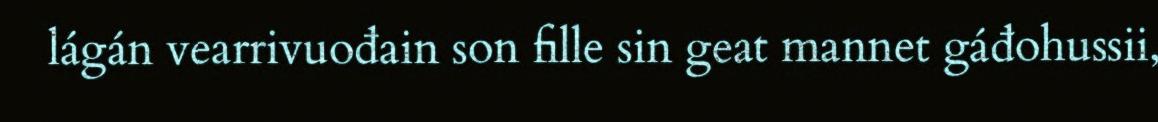
lágán vearrivuođain son fille sin geat mannet gáđohussii,